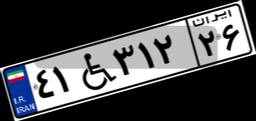
۴۱W۳۱۲۲۶